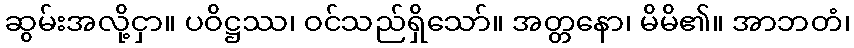
ဆွမ်းအလို့ငှာ။ ပဝိဋ္ဌဿ၊ ဝင်သည်ရှိသော်။ အတ္တနော၊ မိမိ၏။ အာဘတံ၊